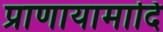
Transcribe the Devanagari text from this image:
प्राणायामादि